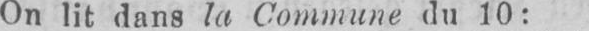
On lit dans la Commune du 10: